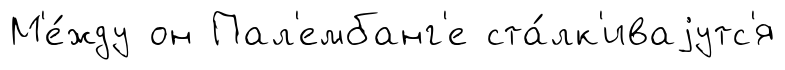
М'е́жду он Пал'ембанг'е ста́лк'иваjутс'я